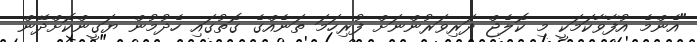
"އެންމެ އުފާވާކަމަކީ މި ކޮލެޖް ދަރިވަރުންނަށް ފުރިހަމަ ތަނެއްގެ ގޮތުގައި ހެދުމުން ޔަގީންކޮށްދޭން